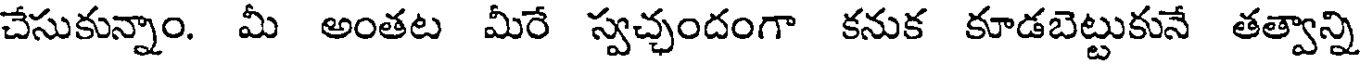
చేసుకున్నాం. మీ అంతట మీరే స్వచ్చందంగా కనుక కూడబెట్టుకునే తత్వాన్ని